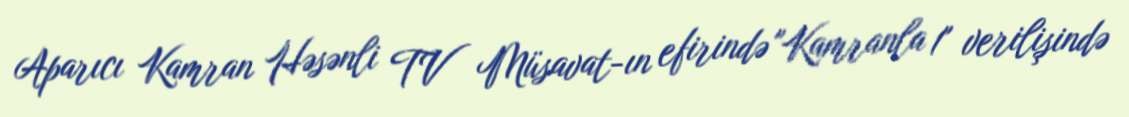
Aparıcı Kamran Həsənli TV Müsavat-ın efirində "Kamranla 1" verilişində